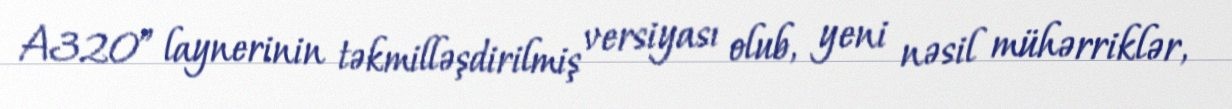
A320” laynerinin təkmilləşdirilmiş versiyası olub, yeni nəsil mühərriklər,